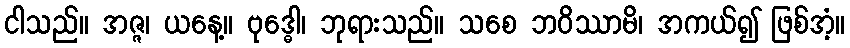
ငါသည်။ အဇ္ဇ၊ ယနေ့။ ဗုဒ္ဓေါ၊ ဘုရားသည်။ သစေ ဘဝိဿာမိ၊ အကယ်၍ ဖြစ်အံ့။